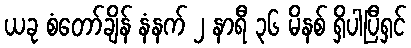
ယခု စံတော်ချိန် နံနက် ၂ နာရီ ၃၆ မိနစ် ရှိပါပြီရှင်